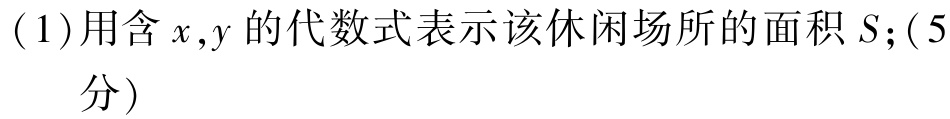
(1)用含\(x,y\)的代数式表示该休闲场所的面积\(S\);(5分)